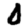
Digit: 0